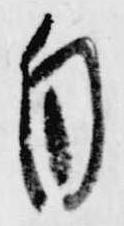
自